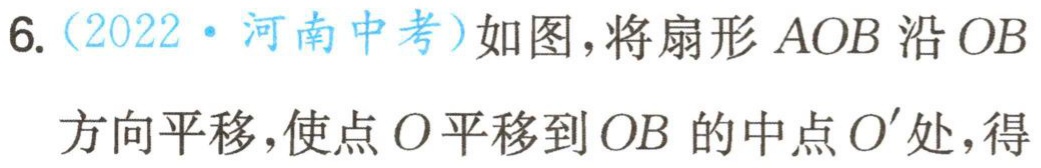
6.（2022·河南中考）如图，将扇形 \(AOB\) 沿 \(OB\) 方向平移，使点 \(O\) 平移到 \(OB\) 的中点 \(O'\) 处，得